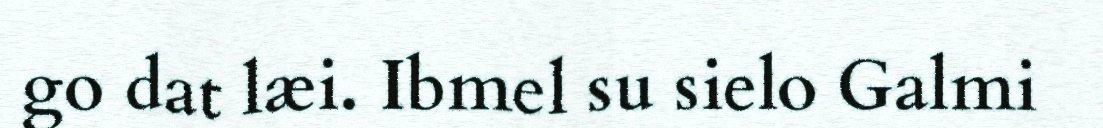
go dat læi. Ibmel su sielo Galmi